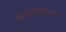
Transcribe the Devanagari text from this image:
परखडपणाचा